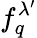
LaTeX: f_{q}^{\lambda^{\prime}}